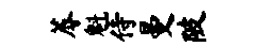
蓐魁侍曼陂